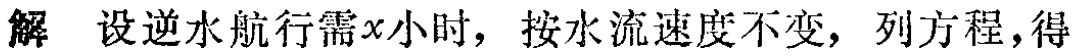
解 设逆水航行需\(x\)小时，按水流速度不变，列方程，得